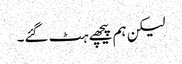
لیکن ہم پیچھے ہٹ گئے۔